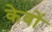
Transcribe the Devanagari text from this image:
केवों